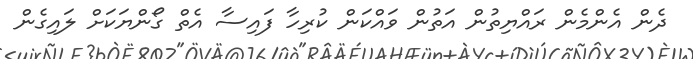
ދެން އެންމެން ރައްޔިތުން އަތުން ވައްކަން ކުރިހާ ފައިސާ އެތް ގޯންޔަކަށް ލައިގެން